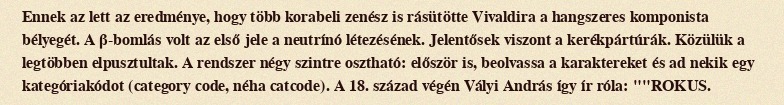
Ennek az lett az eredménye, hogy több korabeli zenész is rásütötte Vivaldira a hangszeres komponista bélyegét. A β-bomlás volt az első jele a neutrínó létezésének. Jelentősek viszont a kerékpártúrák. Közülük a legtöbben elpusztultak. A rendszer négy szintre osztható: először is, beolvassa a karaktereket és ad nekik egy kategóriakódot (category code, néha catcode). A 18. század végén Vályi András így ír róla: ""ROKUS.